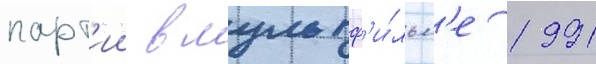
парт'ии в мультф'и́льм'е 1991